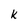
Character: k